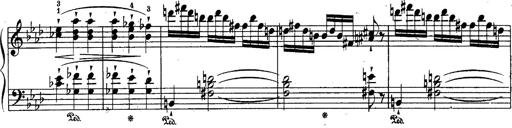
Title: Schubert's Impromptus [revised and edited by Franz Liszt]
Composer: Franz Liszt